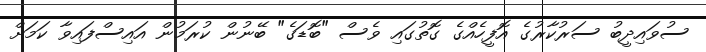
ސުވައިދީބު ސަރުކާރުގެ އޮފީހެއްގެ ގޮތުގައި ވެސް "ބޮޑަގެ" ބޭނުން ކުރަމުން އައިސްފައިވާ ކަމަށް